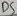
Text: D5